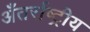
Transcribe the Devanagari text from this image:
अँतर्राष्ट्रीय